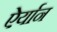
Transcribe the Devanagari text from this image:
ऐर्यान